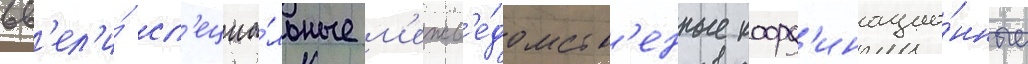
вв'ел'и́ сп'ециа́льные м'ежв'е́домств'енные коорд'инацио́нные